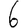
Digit: 6